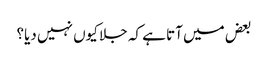
بعض میں آتا ہے کہ جلا کیوں نہیں دیا؟